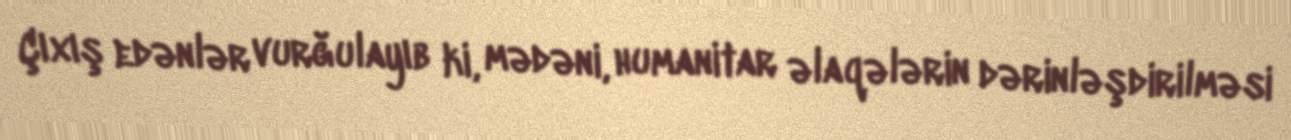
Çıxış edənlər vurğulayıb ki, mədəni, humanitar əlaqələrin dərinləşdirilməsi